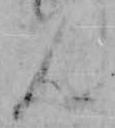
ん